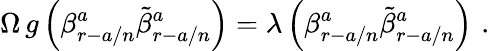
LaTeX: \Omega\, g\left(\beta_{r-a/n}^{a}\tilde{\beta}_{r-a/n}^{a}\right)=\lambda\left(\beta_{r-a/n}^{a}\tilde{\beta}_{r-a/n}^{a}\right)\, \, .